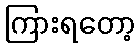
ကြားရတော့